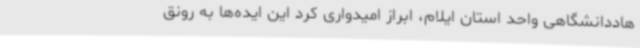
هاددانشگاهی واحد استان ایلام، ابراز امیدواری کرد این ایده‌ها به رونق